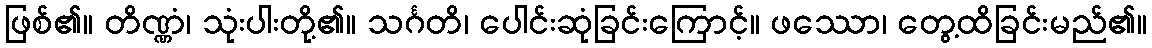
ဖြစ်၏။ တိဏ္ဏံ၊ သုံးပါးတို့၏။ သင်္ဂတိ၊ ပေါင်းဆုံခြင်းကြောင့်။ ဖဿော၊ တွေ့ထိခြင်းမည်၏။